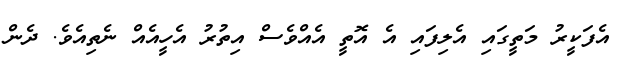
އެފަކީރު މަތީގައި އެލިފައި އެ އޮތީ އެއްވެސް އިތުރު އެހީއެއް ނެތިއެވެ. ދެން